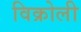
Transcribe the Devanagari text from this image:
विक्रोली